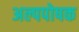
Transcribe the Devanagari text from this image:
अल्पपोषक